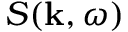
S ( \mathbf { k } , \omega )